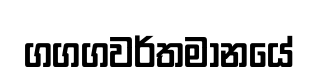
ගගගවර්තමානයේ